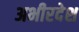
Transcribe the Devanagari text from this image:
अभीरदेश